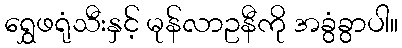
ရွှေဖရုံသီးနှင့် မုန်လာဥနီကို အခွံခွာပါ။